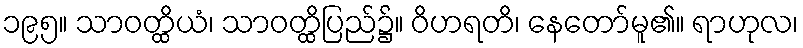
၁၉၅။ သာဝတ္ထိယံ၊ သာဝတ္ထိပြည်၌။ ဝိဟရတိ၊ နေတော်မူ၏။ ရာဟုလ၊